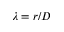
\lambda = r / D